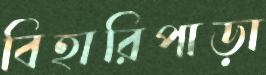
বিহারিপাড়া